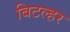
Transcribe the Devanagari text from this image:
बिटल्हर